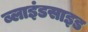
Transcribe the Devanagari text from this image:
ब्लाइंडसाइड